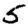
Digit: 5